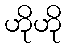
ဟိုဟို